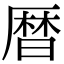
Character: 暦